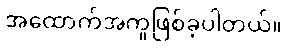
အထောက်အကူဖြစ်ခဲ့ပါတယ်။